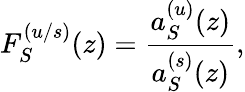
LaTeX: F_{S}^{(u/s)}(z)=\frac{a_{S}^{(u)}(z)}{a_{S}^{(s)}(z)},